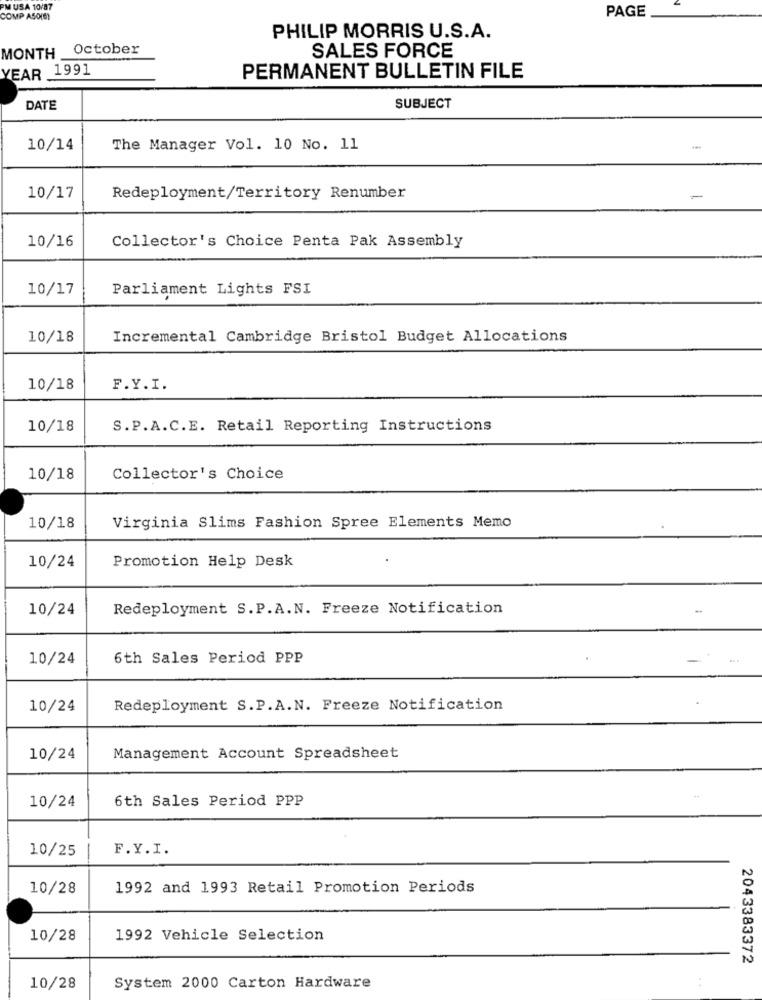
PM USA 10/87
PAGE
COMP A50(6)
PHILIP MORRIS U.S.A.
October
MONTH
SALES FORCE
YEAR 1991
PERMANENT BULLETIN FILE
DATE
SUBJECT
10/14
The Manager Vol. 10 No. 11
10/17
Redeployment/Territory Renumber
10/16
Collector's Choice Penta Pak Assembly
10/17
Parliament Lights FSI
10/18
Incremental Cambridge Bristol Budget Allocations
10/18
F.Y.I.
10/18
S.P.A.C.E. Retail Reporting Instructions
10/18
Collector's Choice
10/18
Virginia Slims Fashion Spree Elements Memo
10/24
Promotion Help Desk
10/24
Redeployment S.P.A.N. Freeze Notification
10/24
6th Sales Period PPP
10/24
Redeployment S.P.A.N. Freeze Notification
10/24
Management Account Spreadsheet
10/24
6th Sales Period PPP
10/25
F.Y.I.
10/28
1992 and 1993 Retail Promotion Periods
10/28
1992 Vehicle Selection
2043383372
10/28
System 2000 Carton Hardware